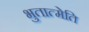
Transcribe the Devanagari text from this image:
भुतात्मेति